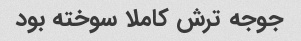
جوجه ترش کاملا سوخته بود